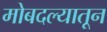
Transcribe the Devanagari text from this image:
मोबदल्यातून